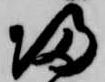
帰